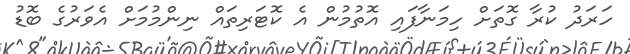
ހަރަދު ކުރާ ގޮތަށް ހިމަނާފައި އޮތުމުން އެ ކޮޓަރިތައް ނިންމުމަށް އެވަރުގެ ބޮޑު